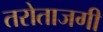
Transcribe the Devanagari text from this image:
तरोताजगी